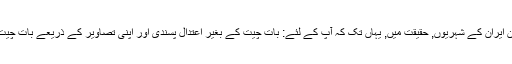
اجلاس کے درمیان ایران کے شہریوں, حقیقت میں, یہاں تک کہ آپ کے لئے: بات چیت کے بغیر اعتدال پسندی اور اپنی تصاویر کے ذریعے بات چیت جامع اور بدیہی!